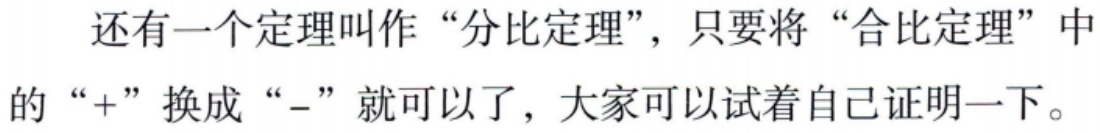
还有一个定理叫作“分比定理”，只要将“合比定理”中的“+”换成“-”就可以了，大家可以试着自己证明一下。